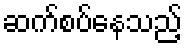
ဆက်စပ်နေသည့်